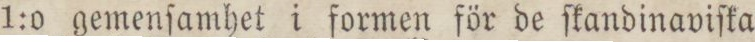
1:0 gemenſamhet i formen för de ſkandinaviſka